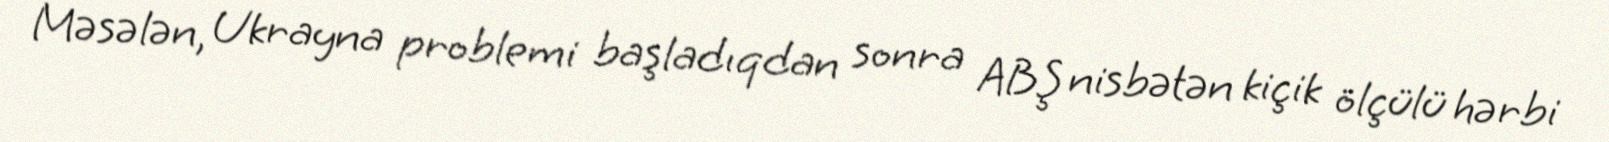
Məsələn, Ukrayna problemi başladıqdan sonra ABŞ nisbətən kiçik ölçülü hərbi